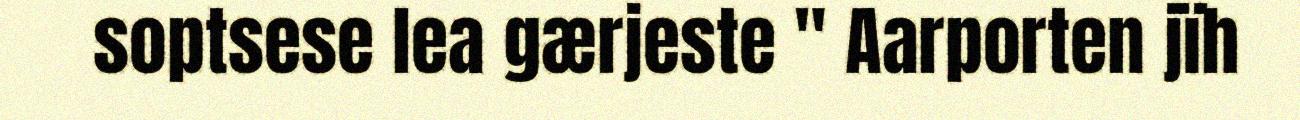
soptsese lea gærjeste " Aarporten jïh